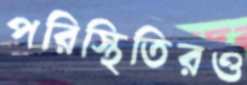
পরিস্থিতিরও